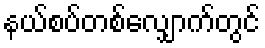
နယ်စပ်တစ်လျှောက်တွင်